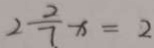
2 \frac { 2 } { 7 } x = 2